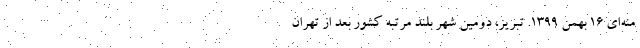
منه‌ای ۱۶ بهمن ۱۳۹۹. تبریز، دومین شهر بلند مرتبه کشور بعد از تهران